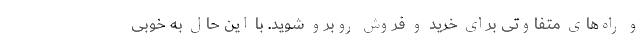
و راه‌های متفاوتی برای خرید و فروش روبرو شوید. با این حال به خوبی